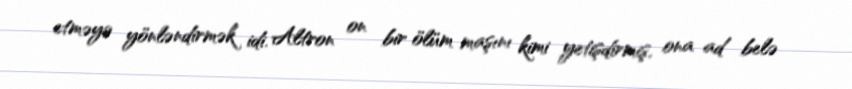
etməyə yönləndirmək idi. Altron on bir ölüm maşını kimi yetişdirmiş, ona ad belə